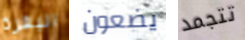
البقرة يضعون تتجمد